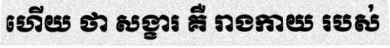
ហើយ ថា សង្ខារ គឺ រាងកាយ របស់